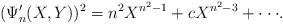
LaTeX: \begin{align*}(\Psi^\prime_{n}(X,Y))^2 = n^2 X^{n^2-1} + c X^{n^2-3} + \cdot \cdot \cdot. \end{align*}